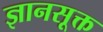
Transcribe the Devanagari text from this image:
ज्ञानसूक्त